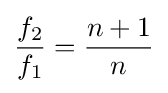
{\frac {f_{2}}{f_{1}}}={\frac {n+1}{n}}